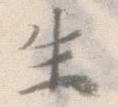
生